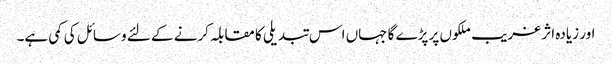
اور زیادہ اثر غریب ملکوں پر پڑے گا جہاں اس تبدیلی کا مقابلہ کرنے کے لئے وسائل کی کمی ہے۔